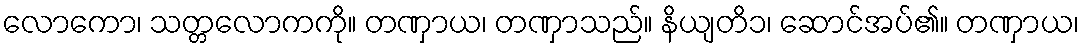
လောကော၊ သတ္တလောကကို။ တဏှာယ၊ တဏှာသည်။ နိယျတိ၁၊ ဆောင်အပ်၏။ တဏှာယ၊